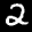
Label: 2